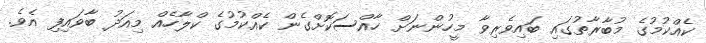
ކެއްކުމުގެ މުބާރާތުގައި ބައިވެރިވާ މީހުންނަށް ހާއްސަކޮށްގެން ކެއްކުމުގެ ކްލާހެއް މިއަދު ބާވައިފި އެވެ.